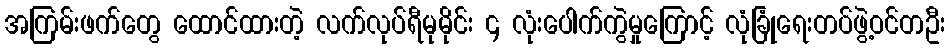
အကြမ်းဖက်တွေ ထောင်ထားတဲ့ လက်လုပ်ရီမုမိုင်း ၄ လုံးပေါက်ကွဲမှုကြောင့် လုံခြုံရေးတပ်ဖွဲ့ဝင်တဦး